Scottish Leaving Certificate Examination, 1955
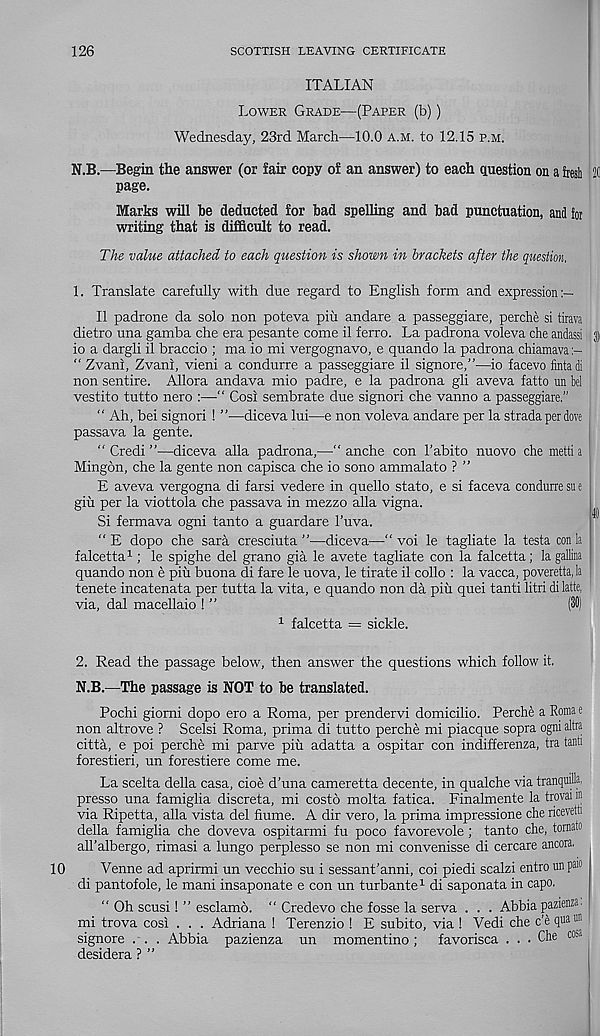
126
SCOTTISH LEAVING CERTIFICATE
ITALIAN
Lower Grade—(Paper (b))
Wednesday, 23rd March—10.0 a.m. to 12.15 p.m.
N.B.—Begin the answer (or fair copy of an answer) to each question on a fresh 2(1
page.
Marks will he deducted for had spelling and bad punctuation, and for
writing that is difficult to read.
The value attached to each question is shown in brackets after the question.
1. Translate carefully with due regard to English form and expression:—
II padrone da solo non poteva piu andare a passeggiare, perche si tirava
dietro una gamba che era pesante come il ferro. La padrona voleva che andassi j)
io a dargli il braccio ; ma io mi vergognavo, e quando la padrona chiamava
“ Zvani, Zvani, vieni a condurre a passeggiare il signore,”—io facevo fintadi
non sentire. Allora andava mio padre, e la padrona gli aveva fatto un bel
vestito tutto nero :—•“ Cosi sembrate due signori che vanno a passeggiare.”
“ Ah, bei signori ! ”—diceva lui—e non voleva andare per la strada per dove
passava la gente.
“ Credi ”—diceva alia padrona,—“ anche con 1’abito nuovo che metti a
Mingon, che la gente non capisca che io sono ammalato ? ”
E aveva vergogna di farsi vedere in quello stato, e si faceva condurre su e
giu per la viottola che passava in mezzo alia vigna.
Si fermava ogni tanto a guardare 1’uva.
“ E dopo che sara cresciuta ”—diceva—“ voi le tagliate la testa con la
falcetta 1 ; le spighe del grano gia le avete tagliate con la falcetta; la gallina
quando non e piu buona di fare le uova, le tirate il collo : la vacca, poveretta, la
tenete incatenata per tutta la vita, e quando non da piu quei tanti litri di latte,
via, dal macellaio ! ”
(39)
1 falcetta = sickle.
2. Read the passage below, then answer the questions which follow it.
N.B.—The passage is NOT to be translated.
Pochi giorni dopo ero a Roma, per prendervi domicilio. Perche a Roma e
non altrove ? Scelsi Roma, prima di tutto perche mi piacque sopra ogni altra
citta, e poi perche mi parve piu adatta a ospitar con indifferenza, tra tanti
forestieri, un forestiere come me.
La scelta della casa, cioe d’una cameretta decente, in qualche via tranqmlla,
presso una famiglia discreta, mi costo molta fatica. Finalmente la trovai in
via Ripetta, alia vista del flume. A dir vero, la prima impressione che ricevetti
della famiglia che doveva ospitarmi fu poco favorevole; tanto che, tornato
all’albergo, rimasi a lungo perplesso se non mi convenisse di cercare ancora.
Venne ad aprirmi un vecchio su i sessant’anni, coi piedi scalzi entrounp®
di pant of ole, le mani insaponate e con un turbante 1 di saponata in capo.
“ Oh scusi! ” esclamo. “ Credevo che fosse la serva . . . Abbia pazrei®
mi trova cosi . . . Adriana ! Terenzio ! E subito, via ! Vedi che c’e qua ®
signore . . . Abbia pazienza un momentino; favorisca ... Che ® a
desidera ? ”